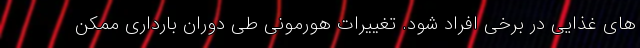
های غذایی در برخی افراد شود. تغییرات هورمونی طی دوران بارداری ممکن